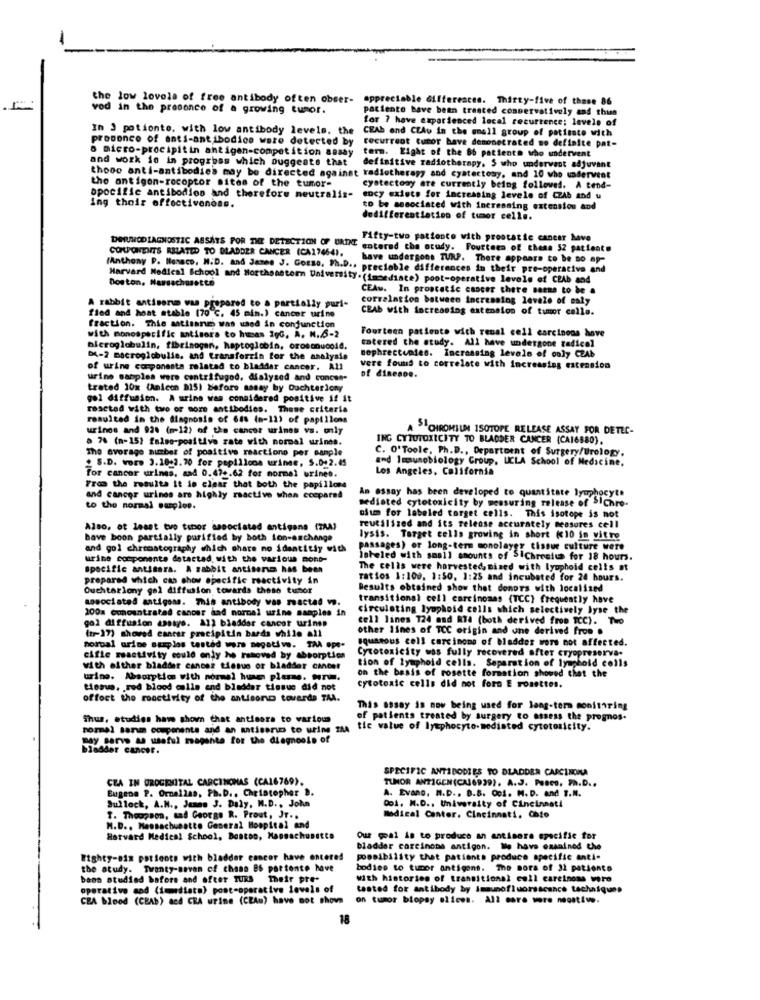
-
the low lovola of free antibody often obser-
appreciable differences. Thirty-five of those 86
vod in the presence of a growing tumor.
paciente have been treated conservatively and thun
for 7 have experienced local recurtence; levels of
In 3 potionto, with low antibody levels. the
CEAb and CEAu in the small group of patimate with
proponco of anti-antibodice were detected by
o micro-procipit in
recurrent tumor have demonstrated no definite pat-
and work je in progress which Suggests that
plein antigen-competition assay
term. Eight of the 66 patients who undervent
definitive radiotherapy. S who underwent adjuvant
those anti-antibodies may be directed against radiotherapy and cyatectesy, and 10 who wadervent
the antigen-rocoptor sites of the tumor-
cystectomy are currently being followed. A tend-
specific antibodies and therefore neutralis-
ency exists for increasing levels of CZAb and u
ing their effectiveness.
to be associated with increasing extension and
dedifferentiation of tumor cells.
Fifty-two patiente with prostatic cancer have
COMPONENTS RELATED TO BLADDER CANCER (CA17464).
DOWUNODIAGNOSTIC ASSAYS FOR THE DETECTION OF ORDNET entered the study. Fourteen of thena 52 patient.
have undergons TURP. There appears to be no ap-
(Anthony P. Monaco, M.D. and James J. GoEso, Ph.D ., precioble differences in their pre-operative and
Harvard Medical School and Morthonstor University. (immediate) post-operative levels of CEAb and
Boston, Massachusetts
CEAw. In prostatic cancer there seems to be
correlation between Increasing levels of esly
A rabbit antisonm was prepared to a partially puri-
CEAb with increasing extension of tumor cells.
fied and host stable (70 ℃. 45 min.) cancer urine
Fraction. Thie antisanes was used in conjunction
Fourteen patients with reual cell carcinons hove
with monospecific antisora to hucas 30G, A. N.6-2
entered the study. All have undergone tadicol
bleroglobulin, fibrinogen, haptoglobin, orosonucold.
sephrectumdes. Increasing levels of only CEAb
DK-2 macroglobulie, and transferrin for the analysis
of urine componente related to bladder cancer. All
vere found to correlate with increasing extension
of dinenoe.
urine samples were centrifugod. dialysed and concen-
trated 10% (Anicon 815) before masay by Duchterlony
gol diffusion. A urine was considered positive if it
roseted with two or more antibodies. Those criteria
resulted in the diagnosis of 648 (n-12) of papillons
urinos and 924 (n-12) of the cancer urines vs. only
SICHROMIUM ISOTOPE RELEASE ASSAY FOR DETEC-
a 76 (n-15) falso-positive rate with normal urines.
ING CYTUTOXICITY TO BLADDER CANCER (CA16880).
The average number of positive reactiono per sample
S.D. wor. 3.10-2.70 for papillons urinee, S.0+2.45
and Immunobiology Group, UCLA School of Medicine,
C. O' Toole, Ph.D ., Department of Surgery/Urology.
Los Angeles, California
for cancer urines. aad 0.47+.62 for normal urines.
From the resulte It is clear that both the papillons
and cancer urines are highly reactive when compared
sedisted cytotoxicity by measuring release of >Ichro-
An essay has been developed to quantitate lymphocyte
to the normal sarploe.
oium for labeled torget cells. This isotope is not
Also, at least tvo tibor associated antigens (ZAA)
reutilized and its release accurately measures cell
have boon partially purified by both ion-anchange
lysis. Target cells growing in short (<10 in vitre
and gol chromatography which share no identity with
passages) or long-term sonolayer tissue culture were
uribe components detected, with the various mont-
labeled with small amounts of Sichrestus for 18 hours.
specific antisara. A rabbit antisera has been
The cells were harvested, mised with lyophoid cells at
prepared which cas chow specific reactivity in
ratios 1:100. 1:50, 1:25 and incubated for 24 hours.
Ouchterlony gel diffusion towards these tunor
Results obtained show that donors with localized
associated antigone. This antibody vas reacted w.
transitional cell carcinomas (TCC) frequently have
200a concentrated cancer and normal urine samples in
circulating lyophold cells which selectively lyse the
gol diffusion assays. All bladder cancer urinse
cell lines 724 and Ria (both derived from TCC). Two
(tr-17) shoved canter precipitin bards while all
other lines of TCC origin and une derived from .
squamous cell carcinoma of bladder wore not affected.
mortal urine staplos testéd wors negative. TAA ope-
Cytotoxicity was fully recovered after cryopreserva.
cifie meactivity could only he removed by absorptica
tion of lymphold cells. Separation of lyuphold colls
of lyuphold cells
with either bladder cancer tissue or bladder cancer
on the basis of rosette formation showed that the
urine. Absorptics with normal he plume. frw.
tissus, red blood calls and bladder tissue did not
cytotoxic cells did not foro E rosettes.
offoct the roactivity of the antisono toverde TAA.
This essay is now being used for long-term monitoring
Thus, studies haw shown that antisera to various
of patients treated by surgery to assess the prognos.
normal tarm components and an matiserwo to urine IMA
tic value of lymphocyte-mediated cytotoxicity.
way serve as useful magenta for the diagnosis of
bladder cancer.
SPECIFIC ANTIBODIES TO BLADDER CARCINOMA
CRA IN UROGENITAL CARCINOMAS (CA16769).
TUMOR ANTIGEN(CAJ6939). A.J. Pesco, Ph.D ..
Eugene P. Ornellas, Ph.D ., Christopher B.
A. Evano. M.D .. B.B. Co1. M.D. and T.M.
Doi. M.D ., University of Cincinnati
Sulleck, A.H ., James J. Daly, M.D ., John
T. Thoogson, sad George R. Prout, Jr ..
Medical Center, Cincinnati, Chio
M.D ., Massachusetts General Hospital and
Harvard Medical School, Boston, Massachusetts
Our goal is to produce an antisora specific for
bladder carcinome antigon. We have examined the
Eighty-aix patients with bladder cancer have entered
possibility that patients produce specific anti-
the study. Twenty-seven cf chans ES partente have
bodies to tumor antigens. The mora of 32 patiento
baan studied bafers and after TuRs Their pre-
with histories of transitional cell carcinoma were
operative sad (imediato) post-operative levels of
tested for antibody by Immunofluorescence tachniques
CEA blood (CBAb) acd CRA urine (CEAu) have not shown
on tumor biopsy slices. All mora wore neostiwe.
18